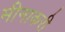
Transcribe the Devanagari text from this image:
मीनाकरी